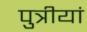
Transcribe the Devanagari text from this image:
पुत्रीयां